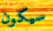
سيكون